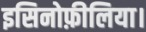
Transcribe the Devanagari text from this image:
इसिनोफ़ीलिया।